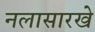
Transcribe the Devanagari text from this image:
नलासारखे